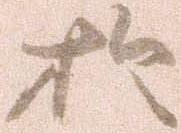
於